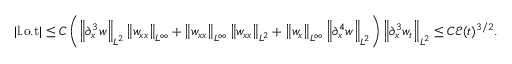
\begin{array} { r } { | \mathrm { l . o . t } | \leq C \left( \left\| \partial _ { x } ^ { 3 } w \right\| _ { L ^ { 2 } } \left\| w _ { x x } \right\| _ { L ^ { \infty } } + \left\| w _ { x x } \right\| _ { L ^ { \infty } } \left\| w _ { x x } \right\| _ { L ^ { 2 } } + \left\| w _ { x } \right\| _ { L ^ { \infty } } \left\| \partial _ { x } ^ { 4 } w \right\| _ { L ^ { 2 } } \right) \left\| \partial _ { x } ^ { 3 } w _ { t } \right\| _ { L ^ { 2 } } \leq C \mathcal { E } ( t ) ^ { 3 / 2 } . } \end{array}